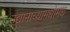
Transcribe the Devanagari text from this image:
उद्यानाच्यामधोमध